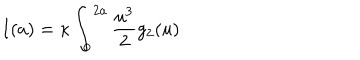
I ( a ) = \kappa \int _ { 0 } ^ { 2 a } { \frac { u ^ { 3 } } { 2 } } g _ { 2 } ( u )